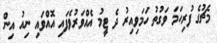
މެޗުގެ ފުރިހަމަ ވަގުތު ހަމަވިއިރު ދެ ޓީމު އެއްވަރުވެފައި އޮއްވައި ނިއު އިން